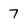
Character: 7